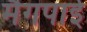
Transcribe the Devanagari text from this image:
मैगपाई